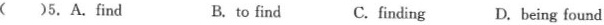
()5.A.Find B.to find C.finding D.beingfound